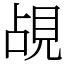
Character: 覘